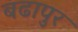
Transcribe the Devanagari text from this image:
बढापुर